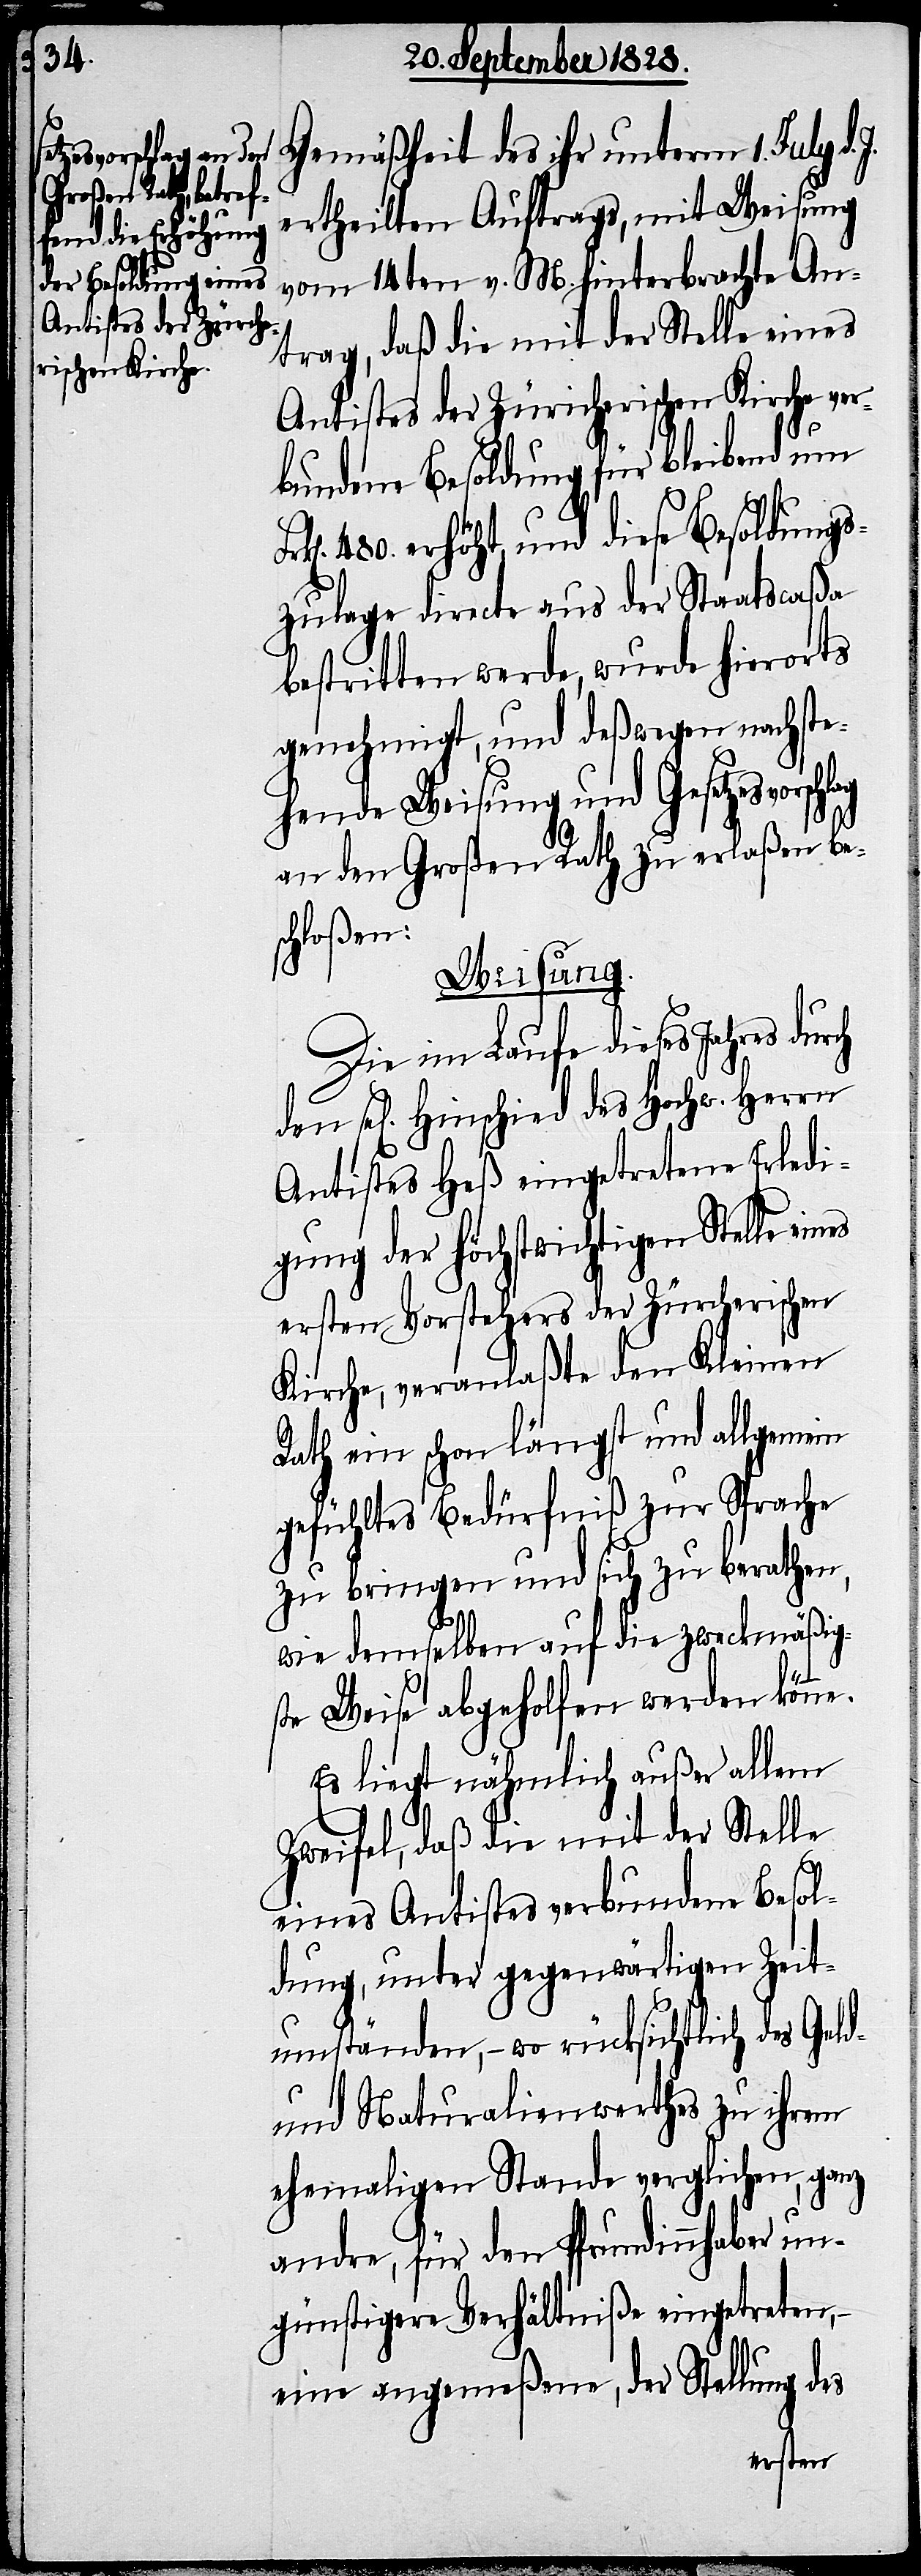
esvorschlag

Gemäßheit des ihr unterm 1. July d.
ertheilten Auftrags, mit Weisung
vom 14ten v. M. hinterbrachte An¬
trag, daß die mit der Stelle eines
Antistes der Züricherischen Kirche ver¬
bundene Besoldung für bleibend um
480. erhöht, und diese Besoldungs¬
zulage directe aus der Staatscaßa
bestritten werde, wurde hierorts
genehmigt, und deßwegen nachste¬
hende Weisung und Gesetz¬
an den Großen Rath zu erlaßen be¬
schloßen.
Weisung.
Die im Laufe dieses Jahres
den sel. Hinschied des Hochw. Herrn
Antistes Heß eingetretene Erledi¬
gung der höchstwichtigen Stelle
ersten Vorstehers der Zürcherischen
Kirche, veranlaßte den Kleinen
Rath ein schon längst und allgemein
gefühltes Bedürfniß zur Sprache
zu bringen und sich zu berathen,
wie demselben auf die zweckmäßig¬
ste Weise abgeholfen werden könne.
Es liegt nähmlich außer allem
Zweifel, daß die mit der Stelle
eines Antistes verbundene Besol¬
dung, unter gegenwärtigen Zeit¬
umständen, – wo rücksichtlich des
und Naturalienwerthes zu ihrem
ehemaligen Stande verglichen, ganz
andre, für den Pfrundinnhaber un¬
günstigere Verhältniße eingetreten,
eine angemeßene, der Stellung des